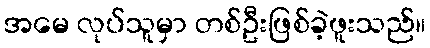
အမေ လုပ်သူမှာ တစ်ဦးဖြစ်ခဲ့ဖူးသည်။